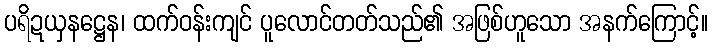
ပရိဍယှနဋ္ဌေန၊ ထက်ဝန်းကျင် ပူလောင်တတ်သည်၏ အဖြစ်ဟူသော အနက်ကြောင့်။